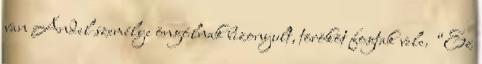
van Andel személye öngólnak bizonyult, törököt fogtak vele. “Ez